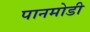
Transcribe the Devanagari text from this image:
पानमोडी